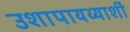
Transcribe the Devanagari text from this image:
उशापायथ्याशीं